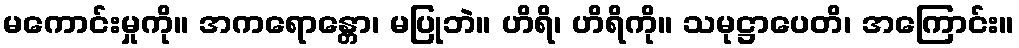
မကောင်းမှုကို။ အကရောန္တော၊ မပြုဘဲ။ ဟိရိ၊ ဟိရိကို။ သမုဋ္ဌာပေတိ၊ အကြောင်း။